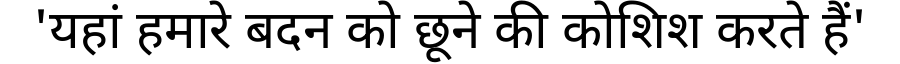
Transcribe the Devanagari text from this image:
'यहां हमारे बदन को छूने की कोशिश करते हैं'